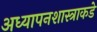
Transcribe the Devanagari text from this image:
अध्यापनशास्त्राकडे